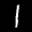
Digit: 1